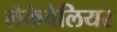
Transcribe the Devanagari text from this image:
लेकेवेलियर